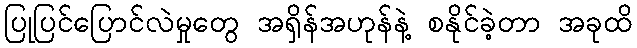
ပြုပြင်ပြောင်လဲမှုတွေ အရှိန်အဟုန်နဲ့ စနိုင်ခဲ့တာ အခုထိ